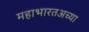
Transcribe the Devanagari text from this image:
महाभारतअच्या